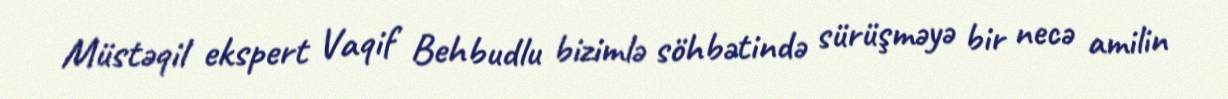
Müstəqil ekspert Vaqif Behbudlu bizimlə söhbətində sürüşməyə bir necə amilin